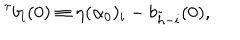
LaTeX: ^ { \tau } b _ { i } ( 0 ) \equiv \eta ( \alpha _ { 0 } ) _ { i } - b _ { \tilde { h } - i } ( 0 ) ,